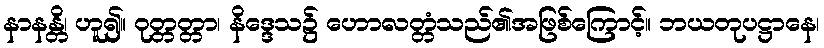
နာနန္တိ၊ ဟူ၍။ ဝုတ္တတ္တာ၊ နိဒ္ဒေသ၌ ဟောလတ္တံသည်၏အဖြစ်ကြောင့်။ ဘယတုပဋ္ဌာနေ၊